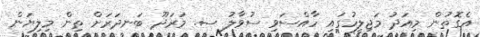
އެގޮތުން މިއަދު މަޖިލީހުގައި ހާއްސަވި ސުވާލު ސ. މަރަދޫ ބަނދަރަށް ތިން މިލިޔަން